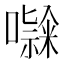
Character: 𭋹